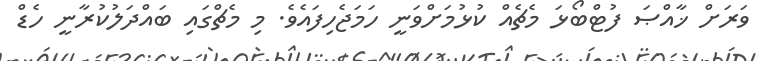
ވަރަށް ޚާއްޞަ ފުޓްބޯޅަ މެޗެއް ކުޅުމަށްވަނީ ހަމަޖެހިފައެވެ. މި މެޗްގައި ބައްދަލުކުރާނީ ހެޑް